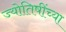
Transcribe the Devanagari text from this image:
ज्योतिषींच्या